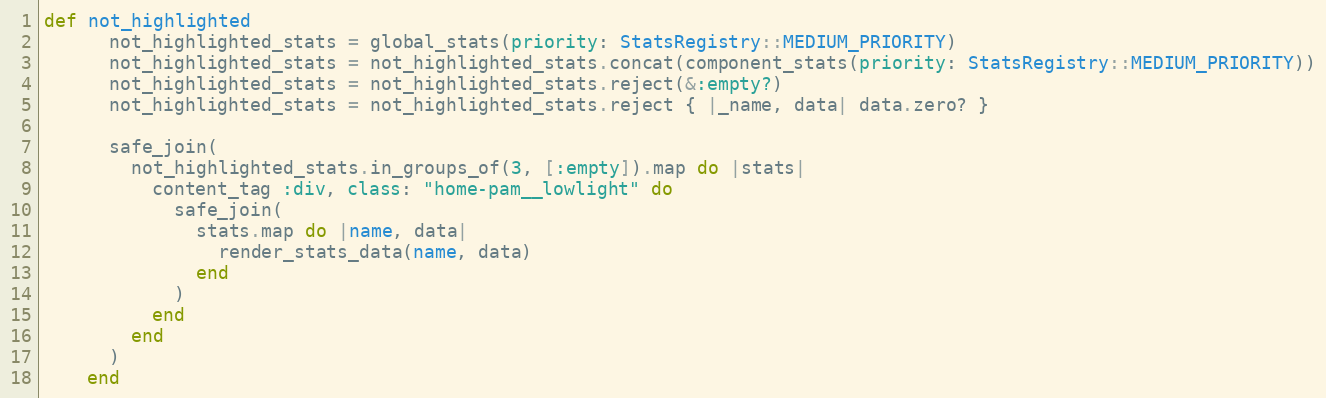
Language: Ruby
def not_highlighted
      not_highlighted_stats = global_stats(priority: StatsRegistry::MEDIUM_PRIORITY)
      not_highlighted_stats = not_highlighted_stats.concat(component_stats(priority: StatsRegistry::MEDIUM_PRIORITY))
      not_highlighted_stats = not_highlighted_stats.reject(&:empty?)
      not_highlighted_stats = not_highlighted_stats.reject { |_name, data| data.zero? }

      safe_join(
        not_highlighted_stats.in_groups_of(3, [:empty]).map do |stats|
          content_tag :div, class: "home-pam__lowlight" do
            safe_join(
              stats.map do |name, data|
                render_stats_data(name, data)
              end
            )
          end
        end
      )
    end